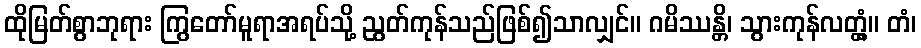
ထိုမြတ်စွာဘုရား ကြွတော်မူရာအရပ်သို့ ညွတ်ကုန်သည်ဖြစ်၍သာလျှင်။ ဂမိဿန္တိ၊ သွားကုန်လတ္တံ့။ တံ၊